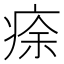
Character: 𤶠